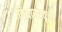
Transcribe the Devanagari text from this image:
विचारप्रवृत्ती